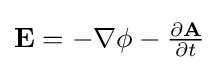
{\textstyle \mathbf {E} =-\nabla \phi -{\frac {\partial \mathbf {A} }{\partial t}}}